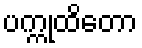
ပက္ကုထိတော